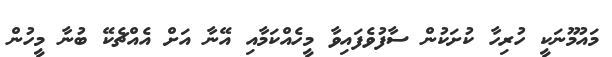
މައުމޫނަކީ ހުރިހާ ކުށަކުން ސާފުވެފައިވާ މީހެއްކަމާއި އޭނާ އަށް އެއްޗެކޭ ބުނާ މީހުން